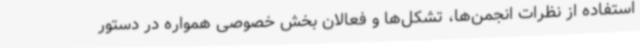
استفاده از نظرات انجمن‌ها، تشکل‌ها و فعالان بخش خصوصی همواره در دستور